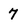
Character: 7